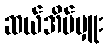
ဆယ်အိမ်မှူး